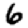
Digit: 6